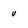
Character: v